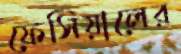
ফেসিয়ালের